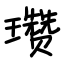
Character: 瓒